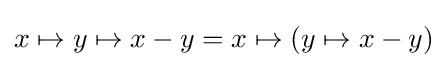
x\mapsto y\mapsto x-y=x\mapsto (y\mapsto x-y)